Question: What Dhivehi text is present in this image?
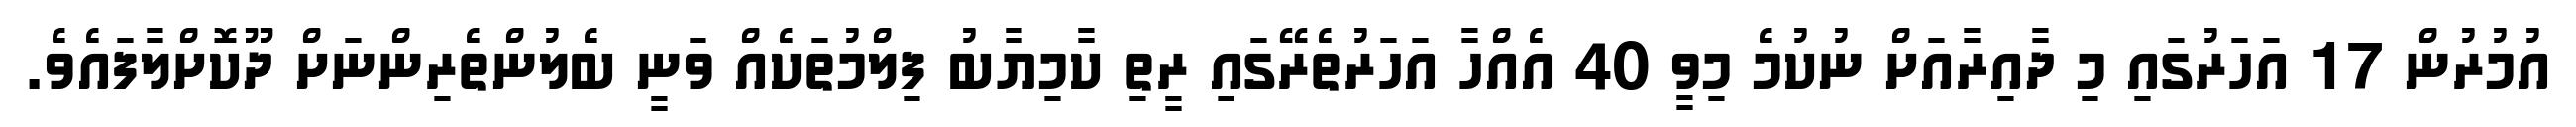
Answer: އުމުރުން 17 އަހަރުގައި މި ދާއިރާއަށް ނުކުމެ މިވީ 40 އެއްހާ އަހަރުތެރޭގައި ރީތި ކާމިޔާބު ފިލްމުތަކެއް ވަނީ ބެލުންތެރިންނަށް ދޫކޮށްލާފައެވެ.